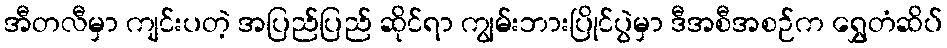
အီတလီမှာ ကျင်းပတဲ့ အပြည်ပြည် ဆိုင်ရာ ကျွမ်းဘားပြိုင်ပွဲမှာ ဒီအစီအစဉ်က ရွှေတံဆိပ်